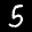
Label: 5